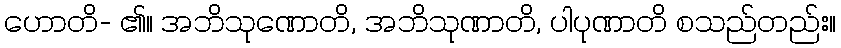
ဟောတိ- ၏။ အဘိသုဏောတိ, အဘိသုဏာတိ, ပါပုဏာတိ စသည်တည်း။